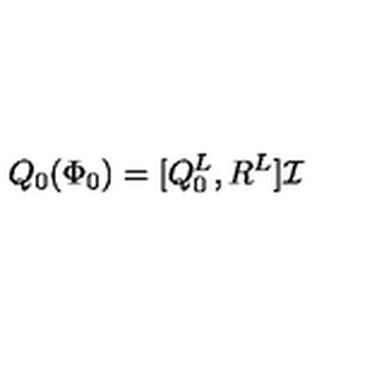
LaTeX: Q _ { 0 } ( \Phi _ { 0 } ) = [ Q _ { 0 } ^ { L } , R ^ { L } ] \mathcal { I } \